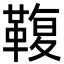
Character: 𩋟